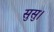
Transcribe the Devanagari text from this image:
सुसु।